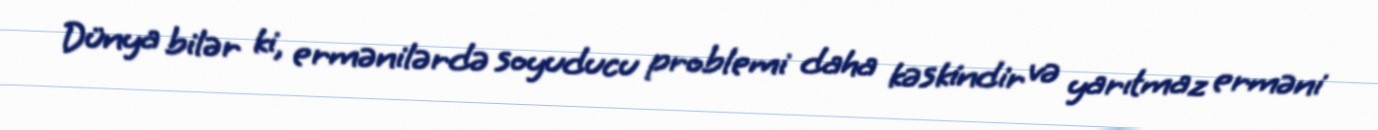
Dünya bilər ki, ermənilərdə soyuducu problemi daha kəskindir və yarıtmaz erməni